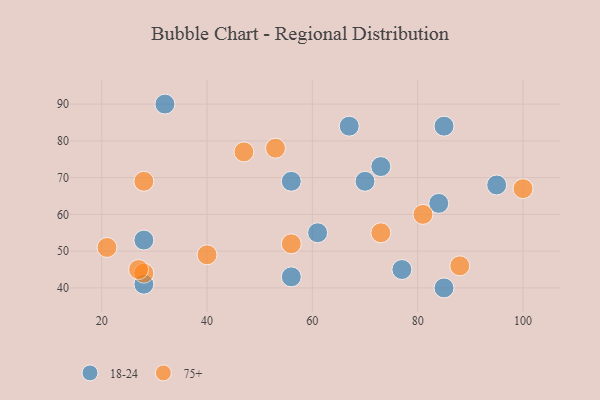
{"axis": {"x": "GDP", "y": "Life Expectancy"}, "legend": ["18-24", "75+"], "data": [{"x": "32", "y": 90, "type": "18-24"}, {"x": "56", "y": 43, "type": "18-24"}, {"x": "84", "y": 63, "type": "18-24"}, {"x": "67", "y": 84, "type": "18-24"}, {"x": "28", "y": 41, "type": "18-24"}, {"x": "85", "y": 84, "type": "18-24"}, {"x": "28", "y": 53, "type": "18-24"}, {"x": "56", "y": 69, "type": "18-24"}, {"x": "85", "y": 40, "type": "18-24"}, {"x": "73", "y": 73, "type": "18-24"}, {"x": "61", "y": 55, "type": "18-24"}, {"x": "70", "y": 69, "type": "18-24"}, {"x": "95", "y": 68, "type": "18-24"}, {"x": "77", "y": 45, "type": "18-24"}, {"x": "53", "y": 78, "type": "75+"}, {"x": "21", "y": 51, "type": "75+"}, {"x": "28", "y": 44, "type": "75+"}, {"x": "27", "y": 45, "type": "75+"}, {"x": "56", "y": 52, "type": "75+"}, {"x": "81", "y": 60, "type": "75+"}, {"x": "73", "y": 55, "type": "75+"}, {"x": "28", "y": 69, "type": "75+"}, {"x": "100", "y": 67, "type": "75+"}, {"x": "40", "y": 49, "type": "75+"}, {"x": "88", "y": 46, "type": "75+"}, {"x": "47", "y": 77, "type": "75+"}]}